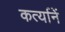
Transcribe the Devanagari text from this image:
कर्त्यानें